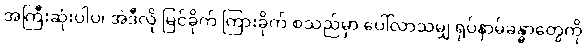
အကြီးဆုံးပါပဲ၊ အဲဒီလို မြင်ခိုက် ကြားခိုက် စသည်မှာ ပေါ်လာသမျှ ရုပ်နာမ်ခန္ဓာတွေကို